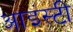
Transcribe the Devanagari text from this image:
आइंस्टी